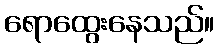
ရောထွေးနေသည်။